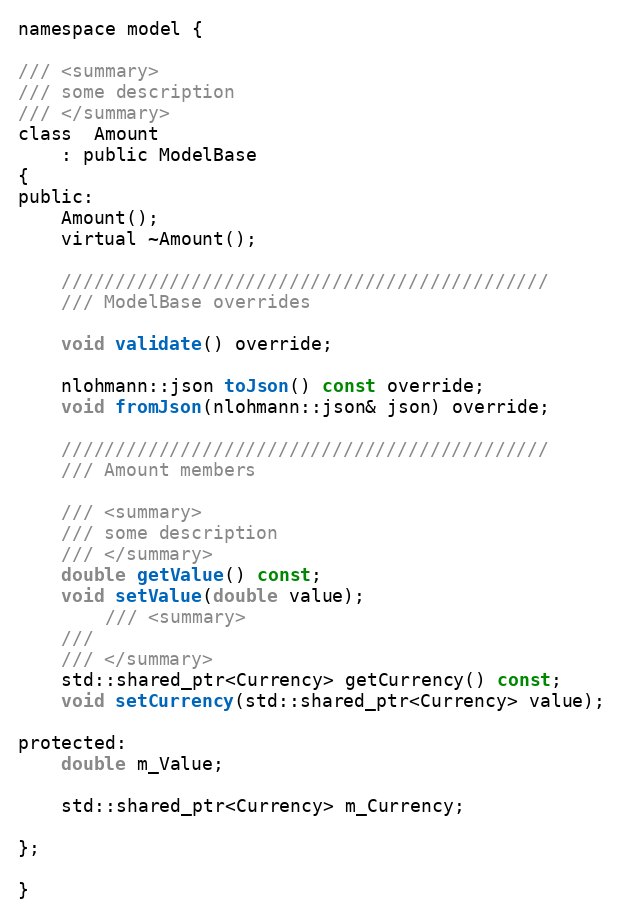
Language: C
namespace model {

/// <summary>
/// some description
/// </summary>
class  Amount
    : public ModelBase
{
public:
    Amount();
    virtual ~Amount();

    /////////////////////////////////////////////
    /// ModelBase overrides

    void validate() override;

    nlohmann::json toJson() const override;
    void fromJson(nlohmann::json& json) override;

    /////////////////////////////////////////////
    /// Amount members

    /// <summary>
    /// some description
    /// </summary>
    double getValue() const;
    void setValue(double value);
        /// <summary>
    ///
    /// </summary>
    std::shared_ptr<Currency> getCurrency() const;
    void setCurrency(std::shared_ptr<Currency> value);

protected:
    double m_Value;

    std::shared_ptr<Currency> m_Currency;

};

}